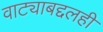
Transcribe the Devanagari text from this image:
वाट्याबद्दलही